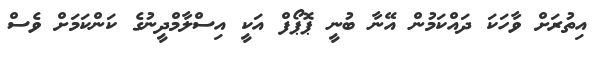
އިތުރަށް ވާހަކަ ދައްކަމުން އޭނާ ބުނީ ޕޮޕޯފް އަކީ އިސްލާމްދީނުގެ ކަންކަމަށް ވެސް